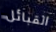
القبائل